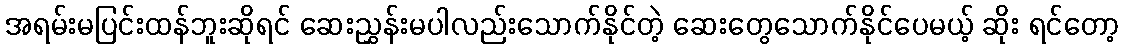
အရမ်းမပြင်းထန်ဘူးဆိုရင် ဆေးညွှန်းမပါလည်းသောက်နိုင်တဲ့ ဆေးတွေသောက်နိုင်ပေမယ့် ဆိုး ရင်တော့